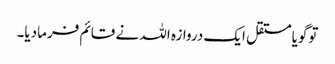
توگویامستقل ایک دروازہ اللہ نے قائم فرمادیا۔